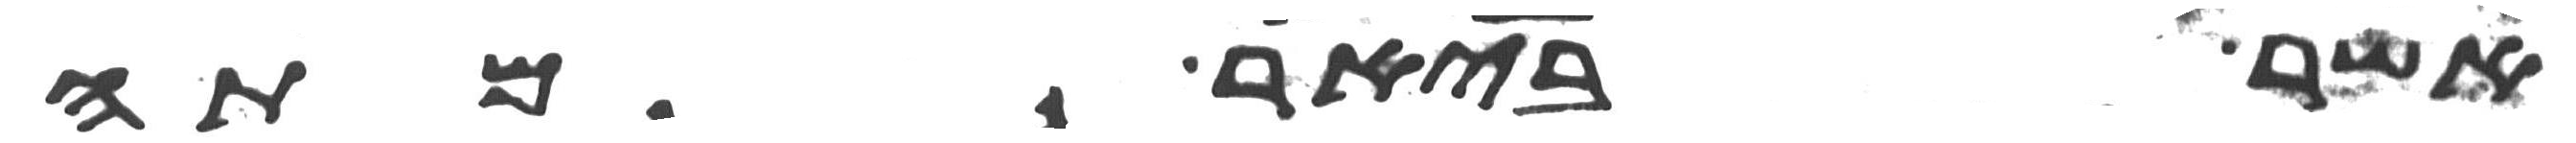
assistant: אשר ביאר מתה